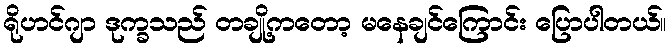
ရိုဟင်ဂျာ ဒုက္ခသည် တချို့ကတော့ မနေချင်ကြောင်း ပြောပါတယ်။